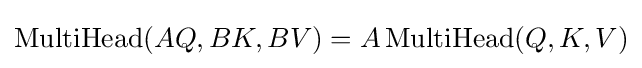
{\text{MultiHead}}(AQ,BK,BV)=A\,{\text{MultiHead}}(Q,K,V)